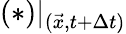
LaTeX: (*)\vert_{(\vec{x},t+\Delta{t})}